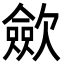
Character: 歛